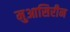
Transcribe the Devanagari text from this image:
मुआसिरीन